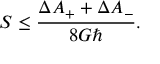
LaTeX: S \leq { \frac { \Delta A _ { + } + \Delta A _ { - } } { 8 G \hbar } } .